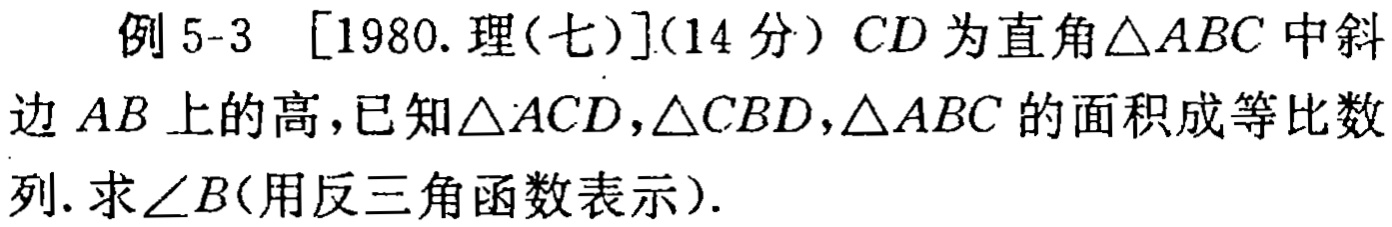
例 5-3 [1980.理(七)](14 分) \(CD\) 为直角\(\triangle ABC\) 中斜边 \(AB\) 上的高，已知\(\triangle ACD,\triangle CBD,\triangle ABC\) 的面积成等比数列. 求\(\angle B\)(用反三角函数表示).